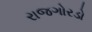
રાજગોરડો